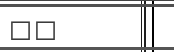
٧٩